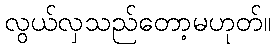
လွယ်လှသည်တော့မဟုတ်။